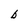
Character: b